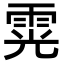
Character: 䨔